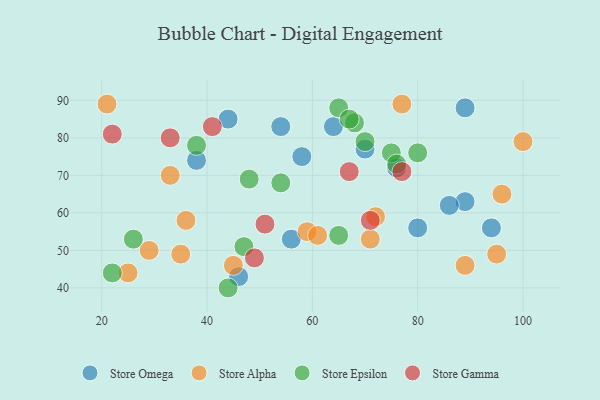
{"axis": {"x": "GDP", "y": "Life Expectancy"}, "legend": ["Store Alpha", "Store Epsilon", "Store Gamma", "Store Omega"], "data": [{"x": "89", "y": 63, "type": "Store Omega"}, {"x": "64", "y": 83, "type": "Store Omega"}, {"x": "76", "y": 72, "type": "Store Omega"}, {"x": "56", "y": 53, "type": "Store Omega"}, {"x": "80", "y": 56, "type": "Store Omega"}, {"x": "94", "y": 56, "type": "Store Omega"}, {"x": "54", "y": 83, "type": "Store Omega"}, {"x": "38", "y": 74, "type": "Store Omega"}, {"x": "46", "y": 43, "type": "Store Omega"}, {"x": "86", "y": 62, "type": "Store Omega"}, {"x": "89", "y": 88, "type": "Store Omega"}, {"x": "58", "y": 75, "type": "Store Omega"}, {"x": "44", "y": 85, "type": "Store Omega"}, {"x": "70", "y": 77, "type": "Store Omega"}, {"x": "89", "y": 46, "type": "Store Alpha"}, {"x": "45", "y": 46, "type": "Store Alpha"}, {"x": "21", "y": 89, "type": "Store Alpha"}, {"x": "100", "y": 79, "type": "Store Alpha"}, {"x": "96", "y": 65, "type": "Store Alpha"}, {"x": "35", "y": 49, "type": "Store Alpha"}, {"x": "77", "y": 89, "type": "Store Alpha"}, {"x": "25", "y": 44, "type": "Store Alpha"}, {"x": "71", "y": 53, "type": "Store Alpha"}, {"x": "59", "y": 55, "type": "Store Alpha"}, {"x": "61", "y": 54, "type": "Store Alpha"}, {"x": "29", "y": 50, "type": "Store Alpha"}, {"x": "36", "y": 58, "type": "Store Alpha"}, {"x": "95", "y": 49, "type": "Store Alpha"}, {"x": "33", "y": 70, "type": "Store Alpha"}, {"x": "72", "y": 59, "type": "Store Alpha"}, {"x": "26", "y": 53, "type": "Store Epsilon"}, {"x": "65", "y": 88, "type": "Store Epsilon"}, {"x": "75", "y": 76, "type": "Store Epsilon"}, {"x": "48", "y": 69, "type": "Store Epsilon"}, {"x": "54", "y": 68, "type": "Store Epsilon"}, {"x": "65", "y": 54, "type": "Store Epsilon"}, {"x": "47", "y": 51, "type": "Store Epsilon"}, {"x": "44", "y": 40, "type": "Store Epsilon"}, {"x": "38", "y": 78, "type": "Store Epsilon"}, {"x": "68", "y": 84, "type": "Store Epsilon"}, {"x": "70", "y": 79, "type": "Store Epsilon"}, {"x": "22", "y": 44, "type": "Store Epsilon"}, {"x": "67", "y": 85, "type": "Store Epsilon"}, {"x": "80", "y": 76, "type": "Store Epsilon"}, {"x": "76", "y": 73, "type": "Store Epsilon"}, {"x": "41", "y": 83, "type": "Store Gamma"}, {"x": "33", "y": 80, "type": "Store Gamma"}, {"x": "49", "y": 48, "type": "Store Gamma"}, {"x": "51", "y": 57, "type": "Store Gamma"}, {"x": "22", "y": 81, "type": "Store Gamma"}, {"x": "77", "y": 71, "type": "Store Gamma"}, {"x": "67", "y": 71, "type": "Store Gamma"}, {"x": "71", "y": 58, "type": "Store Gamma"}]}